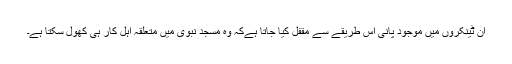
ان ٹینکروں میں موجود پانی اس طریقے سے مقفل کیا جاتا ہےکہ وہ مسجد نبوی میں متعلقہ اہل کار ہی کھول سکتا ہے۔